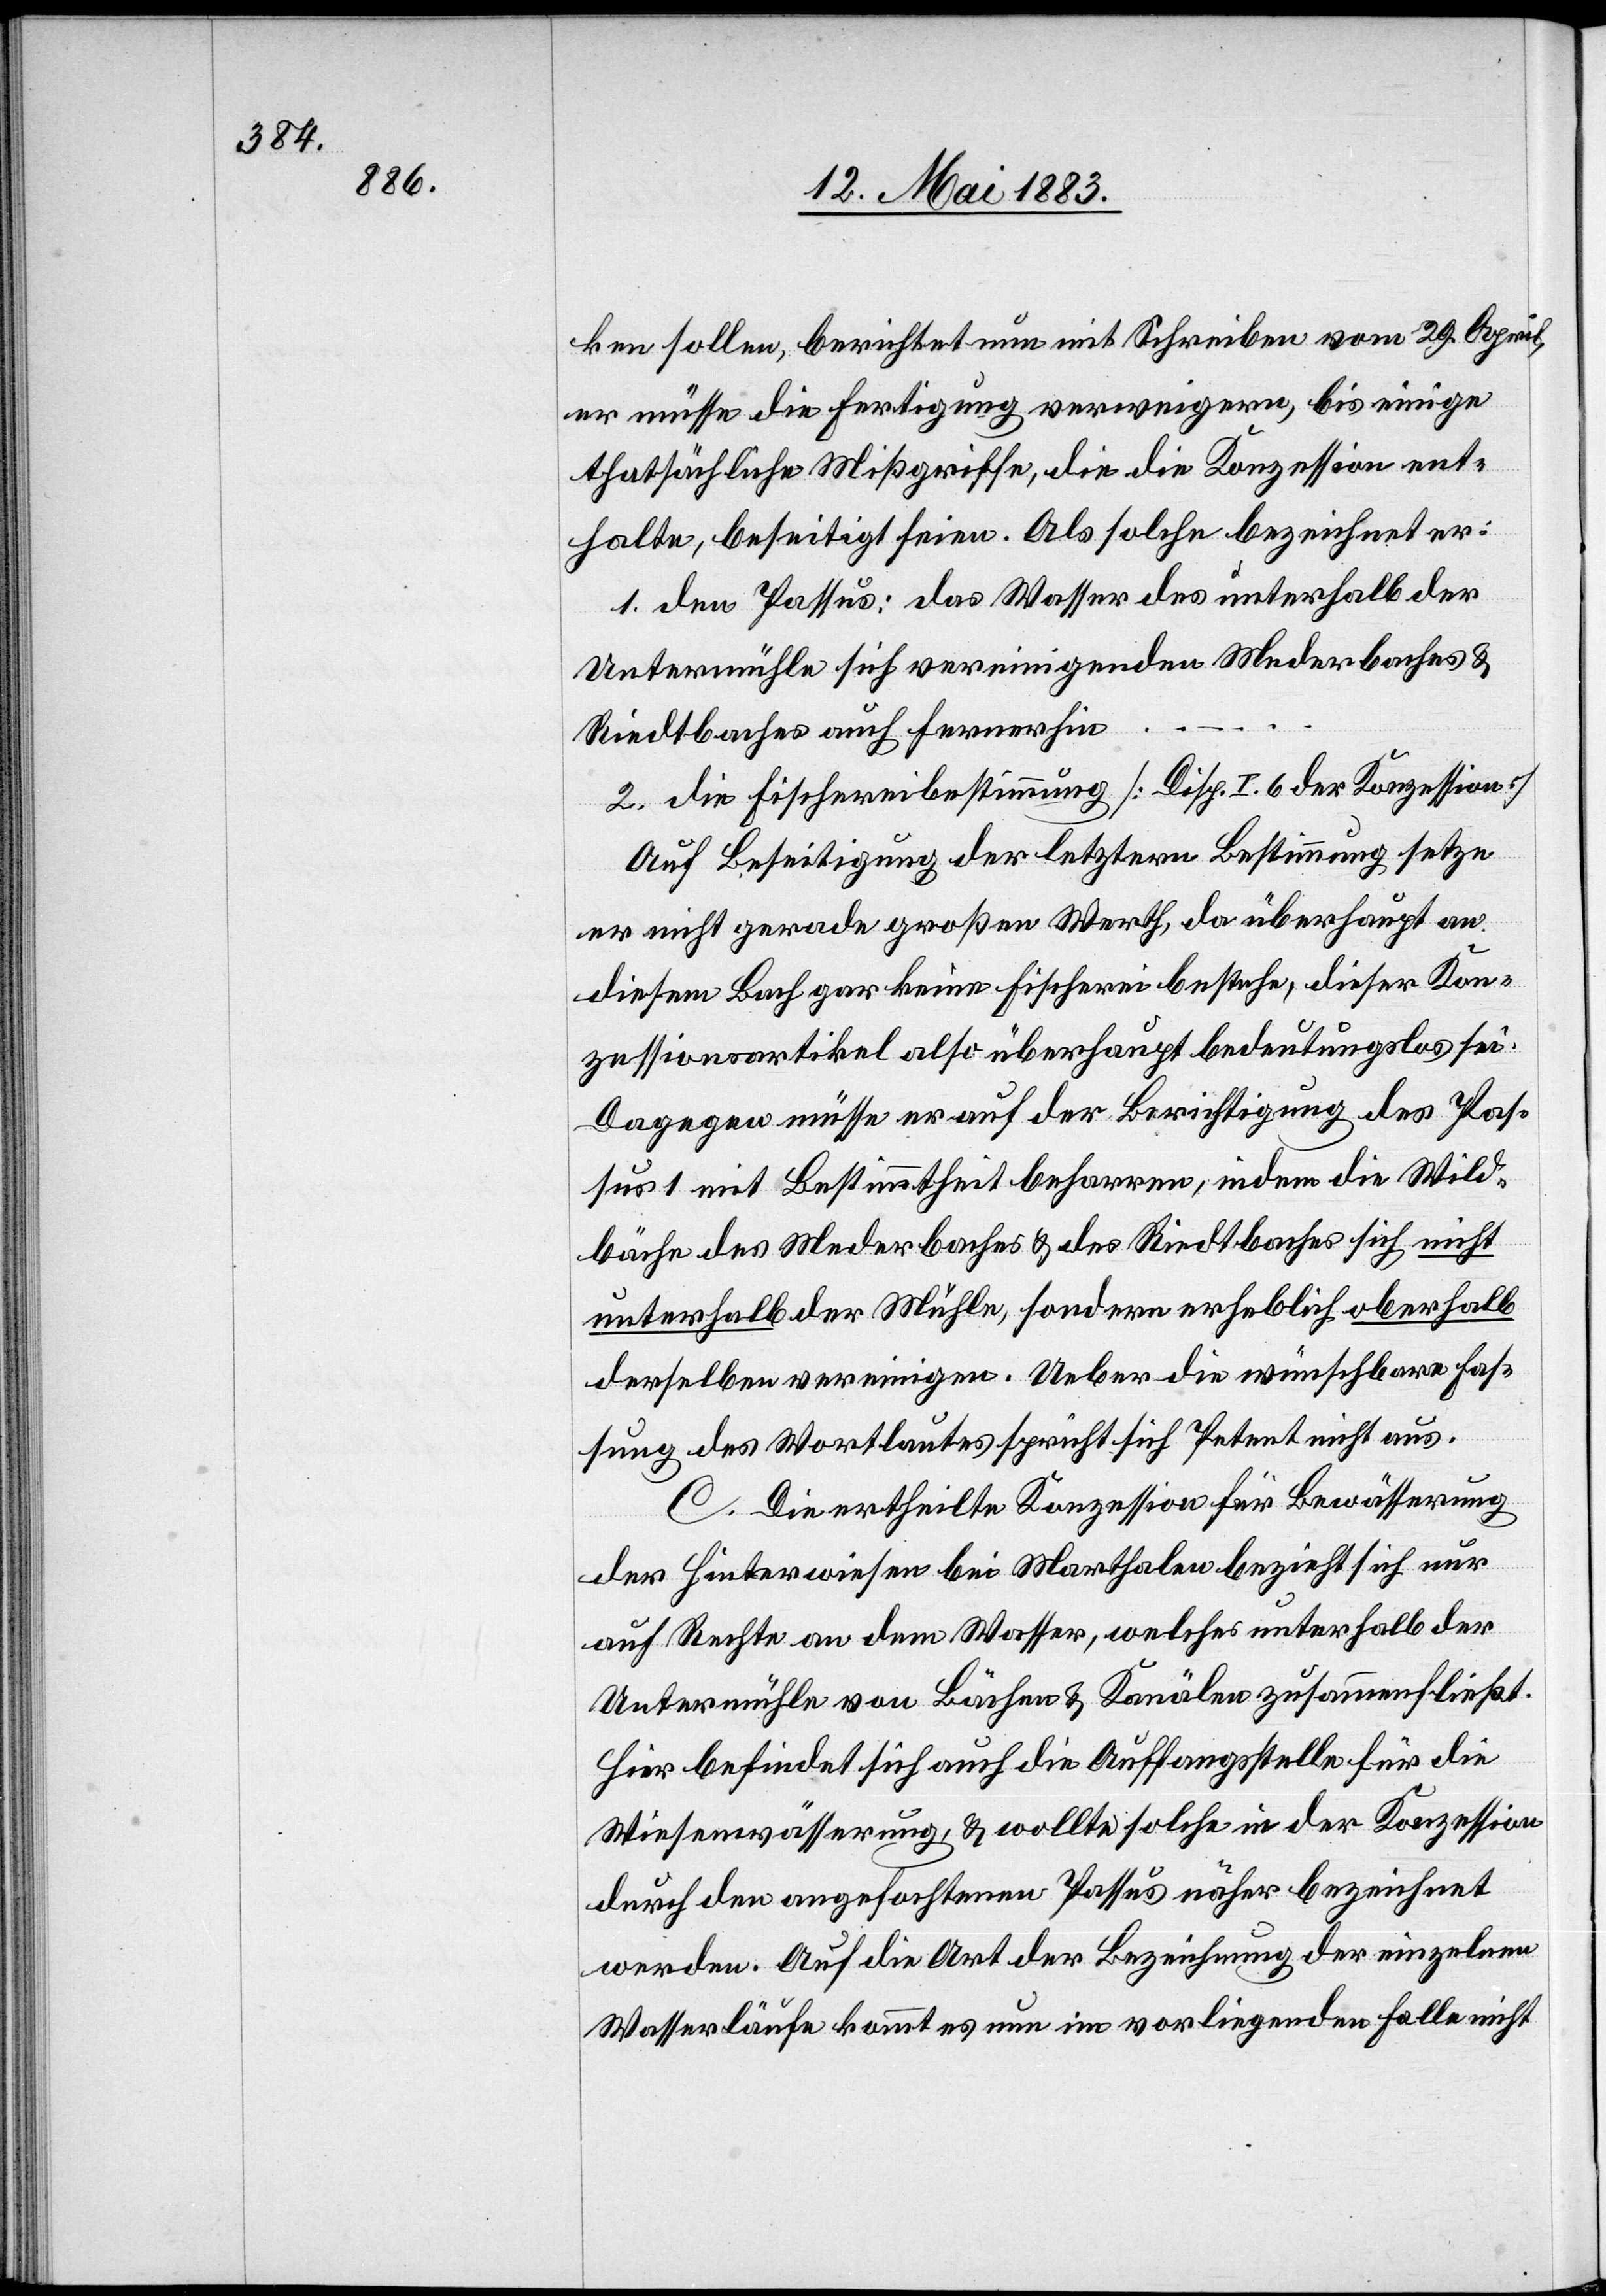
ken sollen, berichtet nun mit Schreiben vom 29. April,
er müsse die Fertigung verweigern, bis einige
thatsächliche Missgriffe, die die Konzession ent¬
halte, beseitigt seien. Als solche bezeichnet er:
1. den Passus: das Wasser des unterhalb der
Untermühle sich vereinigenden Mederbaches &
Riedtbaches auch fernerhin
2. die Fischereibestimmung [Disp. I. 6 der Konzession]
Auf Beseitigung der letztern Bestimmung setze
er nicht gerade großen Werth, da überhaupt an
diesem Bach gar keine Fischerei bestehe, dieser Kon¬
zessionsartikel also überhaupt bedeutungslos sei.
Dagegen müsse er auf der Berichtigung des Pas¬
sus 1 mit Bestimmtheit beharren, indem die Wild¬
bäche des Mederbaches & des Riedtbaches sich nicht
unterhalb der Mühle, sondern erheblich oberhalb
derselben vereinigen. Ueber die wünschbare Fas¬
sung des Wortlautes spricht sich Petent nicht aus.
C. Die ertheilte Konzession für Bewässerung
der Hinterwiesen bei Marthalen bezieht sich nur
auf Rechte an dem Wasser, welches unterhalb der
Untermühle von Bächen & Kanälen zusammenfließt.
Hier befindet sich auch die Auffangsstelle für die
Wiesenwässerung, & wollte solche in der Konzession
durch den angefochtenen Passus näher bezeichnet
werden. Auf die Art der Bezeichnung der einzelnen
Wasserläufe kommt es nun im vorliegenden Falle nicht